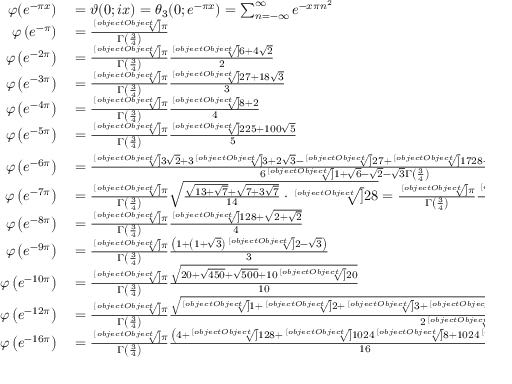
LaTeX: \begin{array} { r l } { \varphi ( e ^ { - \pi x } ) } & { { } = \vartheta ( 0 ; i x ) = \theta _ { 3 } ( 0 ; e ^ { - \pi x } ) = \sum _ { n = - \infty } ^ { \infty } e ^ { - x \pi n ^ { 2 } } } \\ { \varphi \left( e ^ { - \pi } \right) } & { { } = { \frac { \sqrt [ [object Object] ] { \pi } } { \Gamma \left( { \frac { 3 } { 4 } } \right) } } } \\ { \varphi \left( e ^ { - 2 \pi } \right) } & { { } = { \frac { \sqrt [ [object Object] ] { \pi } } { \Gamma \left( { \frac { 3 } { 4 } } \right) } } { \frac { \sqrt [ [object Object] ] { 6 + 4 { \sqrt { 2 } } } } { 2 } } } \\ { \varphi \left( e ^ { - 3 \pi } \right) } & { { } = { \frac { \sqrt [ [object Object] ] { \pi } } { \Gamma \left( { \frac { 3 } { 4 } } \right) } } { \frac { \sqrt [ [object Object] ] { 2 7 + 1 8 { \sqrt { 3 } } } } { 3 } } } \\ { \varphi \left( e ^ { - 4 \pi } \right) } & { { } = { \frac { \sqrt [ [object Object] ] { \pi } } { \Gamma \left( { \frac { 3 } { 4 } } \right) } } { \frac { { \sqrt [ [object Object] ] { 8 } } + 2 } { 4 } } } \\ { \varphi \left( e ^ { - 5 \pi } \right) } & { { } = { \frac { \sqrt [ [object Object] ] { \pi } } { \Gamma \left( { \frac { 3 } { 4 } } \right) } } { \frac { \sqrt [ [object Object] ] { 2 2 5 + 1 0 0 { \sqrt { 5 } } } } { 5 } } } \\ { \varphi \left( e ^ { - 6 \pi } \right) } & { { } = { \frac { { \sqrt [ [object Object] ] { 3 { \sqrt { 2 } } + 3 { \sqrt [ [object Object] ] { 3 } } + 2 { \sqrt { 3 } } - { \sqrt [ [object Object] ] { 2 7 } } + { \sqrt [ [object Object] ] { 1 7 2 8 } } - 4 } } \cdot { \sqrt [ [object Object] ] { 2 4 3 { \pi } ^ { 2 } } } } { 6 { \sqrt [ [object Object] ] { 1 + { \sqrt { 6 } } - { \sqrt { 2 } } - { \sqrt { 3 } } } } { \Gamma \left( { \frac { 3 } { 4 } } \right) } } } = { \frac { \sqrt [ [object Object] ] { \pi } } { \Gamma \left( { \frac { 3 } { 4 } } \right) } } { \frac { \sqrt { { \sqrt [ [object Object] ] { 1 } } + { \sqrt [ [object Object] ] { 3 } } + { \sqrt [ [object Object] ] { 4 } } + { \sqrt [ [object Object] ] { 9 } } } } { \sqrt [ [object Object] ] { 1 7 2 8 } } } } \\ { \varphi \left( e ^ { - 7 \pi } \right) } & { { } = { \frac { \sqrt [ [object Object] ] { \pi } } { \Gamma \left( { \frac { 3 } { 4 } } \right) } } { \sqrt { { \frac { { \sqrt { 1 3 + { \sqrt { 7 } } } } + { \sqrt { 7 + 3 { \sqrt { 7 } } } } } { 1 4 } } \cdot { \sqrt [ [object Object] ] { 2 8 } } } } = { \frac { \sqrt [ [object Object] ] { \pi } } { \Gamma \left( { \frac { 3 } { 4 } } \right) } } { \frac { \sqrt [ [object Object] ] { 7 + 4 { \sqrt { 7 } } + 5 { \sqrt [ [object Object] ] { 2 8 } } + { \sqrt [ [object Object] ] { 1 3 7 2 } } } } { \sqrt { 7 } } } } \\ { \varphi \left( e ^ { - 8 \pi } \right) } & { { } = { \frac { \sqrt [ [object Object] ] { \pi } } { \Gamma \left( { \frac { 3 } { 4 } } \right) } } { \frac { { \sqrt [ [object Object] ] { 1 2 8 } } + { \sqrt { 2 + { \sqrt { 2 } } } } } { 4 } } } \\ { \varphi \left( e ^ { - 9 \pi } \right) } & { { } = { \frac { \sqrt [ [object Object] ] { \pi } } { \Gamma \left( { \frac { 3 } { 4 } } \right) } } { \frac { \left( 1 + \left( 1 + { \sqrt { 3 } } \right) { \sqrt [ [object Object] ] { 2 - { \sqrt { 3 } } } } \right) } { 3 } } } \\ { \varphi \left( e ^ { - 1 0 \pi } \right) } & { { } = { \frac { \sqrt [ [object Object] ] { \pi } } { \Gamma \left( { \frac { 3 } { 4 } } \right) } } { \frac { \sqrt { 2 0 + { \sqrt { 4 5 0 } } + { \sqrt { 5 0 0 } } + 1 0 { \sqrt [ [object Object] ] { 2 0 } } } } { 1 0 } } } \\ { \varphi \left( e ^ { - 1 2 \pi } \right) } & { { } = { \frac { \sqrt [ [object Object] ] { \pi } } { \Gamma \left( { \frac { 3 } { 4 } } \right) } } { \frac { \sqrt { { \sqrt [ [object Object] ] { 1 } } + { \sqrt [ [object Object] ] { 2 } } + { \sqrt [ [object Object] ] { 3 } } + { \sqrt [ [object Object] ] { 4 } } + { \sqrt [ [object Object] ] { 9 } } + { \sqrt [ [object Object] ] { 1 8 } } + { \sqrt [ [object Object] ] { 2 4 } } } } { 2 { \sqrt [ [object Object] ] { 1 0 8 } } } } } \\ { \varphi \left( e ^ { - 1 6 \pi } \right) } & { { } = { \frac { \sqrt [ [object Object] ] { \pi } } { \Gamma \left( { \frac { 3 } { 4 } } \right) } } { \frac { \left( 4 + { \sqrt [ [object Object] ] { 1 2 8 } } + { \sqrt [ [object Object] ] { 1 0 2 4 { \sqrt [ [object Object] ] { 8 } } + 1 0 2 4 { \sqrt [ [object Object] ] { 2 } } } } \right) } { 1 6 } } } \end{array}